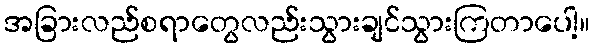
အခြားလည်စရာတွေလည်းသွားချင်သွားကြတာပေါ့။